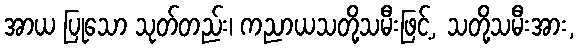
အာယ ပြုသော သုတ်တည်း၊ ကညာယသတို့သမီးဖြင့်, သတို့သမီးအား,